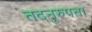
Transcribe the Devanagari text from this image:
तदनुरुपता